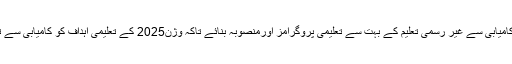
این سی ایچ ڈی نے کامیابی سے غیر رسمی تعلیم کے بہت سے تعلیمی پروگرامز اورمنصوبہ بنائے تاکہ وژن2025 کے تعلیمی اہداف کو کامیابی سے تشکیل دیا جا سکے ۔